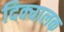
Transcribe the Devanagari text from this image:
दिक्चालक